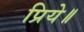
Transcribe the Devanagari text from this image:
प्रिये॥